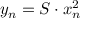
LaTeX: y _ { n } = S \cdot x _ { n } ^ { 2 }